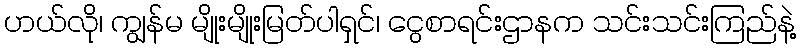
ဟယ်လို၊ ကျွန်မ မျိုးမျိုးမြတ်ပါရှင်၊ ငွေစာရင်းဌာနက သင်းသင်းကြည်နဲ့